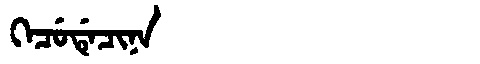
Manchu: ᡴᡝᠴᡠᡩᡝᠴᡳᠨᠠ
Romanization: KECUDECINA